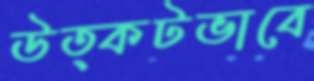
উত্কটভাবে